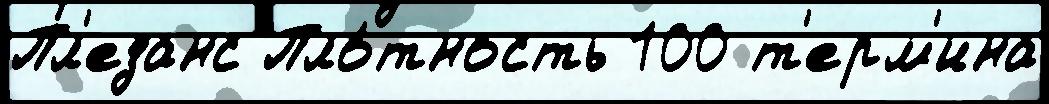
Пл'езанс Пло́тность 100 т'ерм'ина